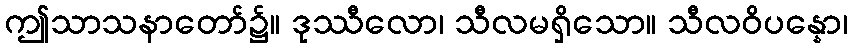
ဤသာသနာတော်၌။ ဒုဿီလော၊ သီလမရှိသော။ သီလဝိပန္နော၊